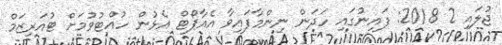
ޖުލައި 2 2018: ފައިނުގައި ހަދަން ނިންމާފައިވާ އެއާޕޯޓް އެޅުން ހުއްޓުވުމަށް ޓުއަރިޒަމް